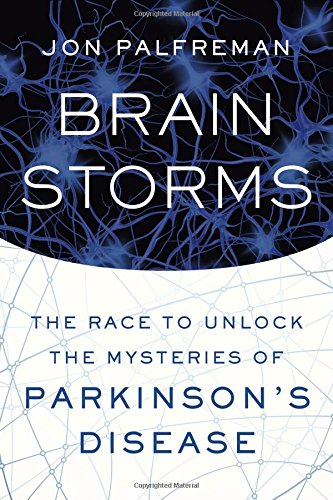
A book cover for Brain Storms: The Race to Unlock the Mysteries of Parkinson's Disease; Jon Palfreman; Medical Books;